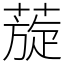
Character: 蔙